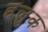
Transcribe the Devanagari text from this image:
हलुक